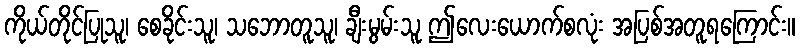
ကိုယ်တိုင်ပြုသူ၊ စေခိုင်းသူ၊ သဘောတူသူ၊ ချီးမွမ်းသူ ဤလေးယောက်စလုံး အပြစ်အတူရကြောင်း။